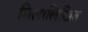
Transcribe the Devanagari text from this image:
शिलालिखित